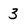
Character: 3